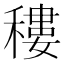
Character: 䅹